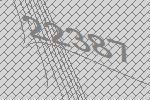
22387